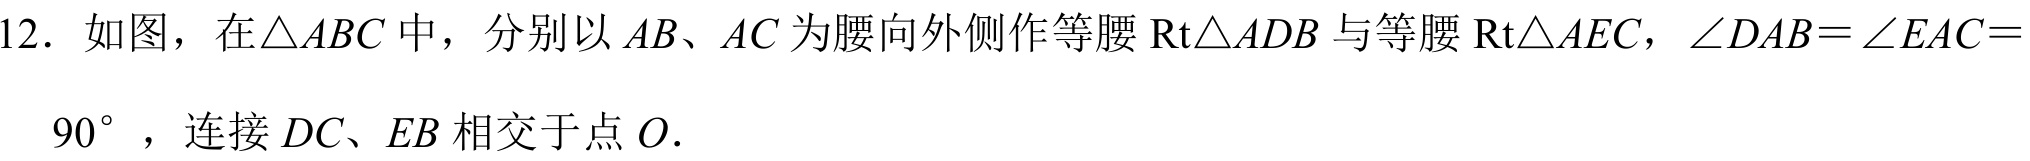
12. 如图，在$\triangle ABC$中，分别以$AB$、$AC$为腰向外侧作等腰$\mathrm{Rt}\triangle ADB$与等腰$\mathrm{Rt}\triangle AEC$，$\angle DAB=\angle EAC = 90^{\circ}$，连接$DC$、$EB$相交于点$O$.